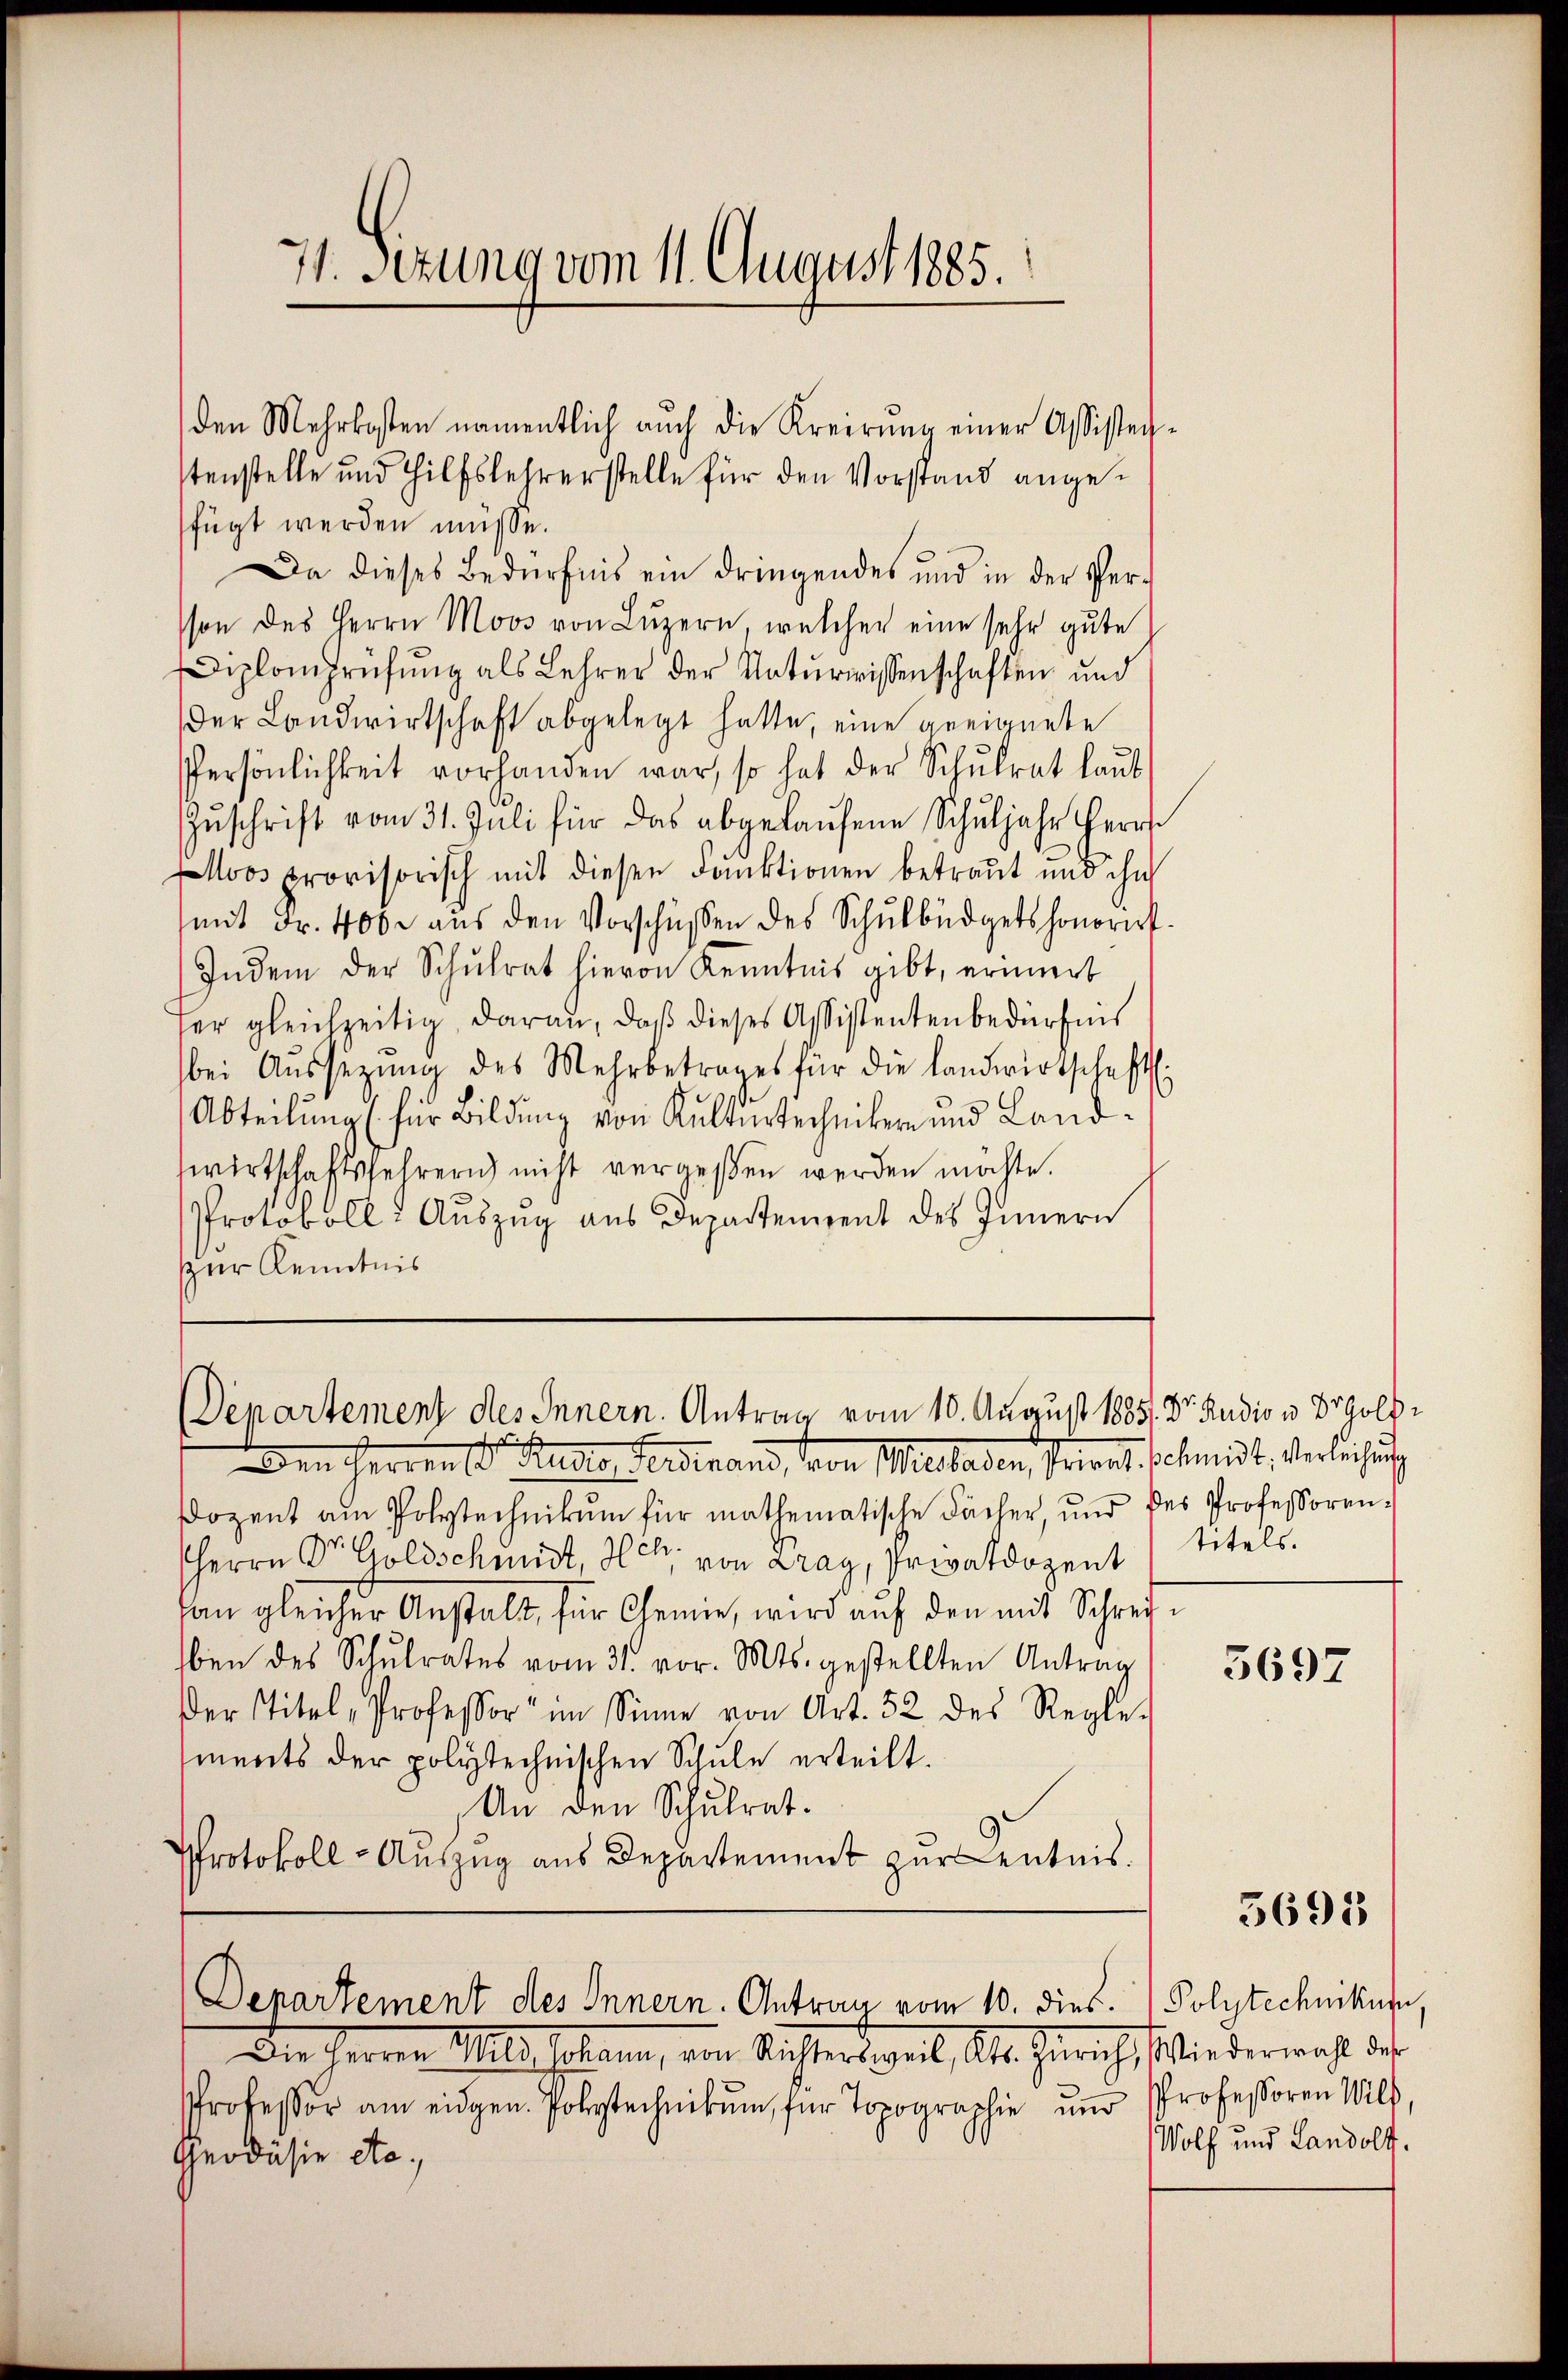
71. Sezung vom 11. August 1885.

den Mehrkosten namentlich auch die Kreisŭng einer Assisten-
stenstelle und Hilfslehrerstelle für den Vorstand angefügt werden müsse.
Da dieses Bedürfnis ein dringendes und in der Per-
son des Herrn Moos von Lŭzern, welcher eine sehr gute
Diplomprüfŭng als Lehrer der Naturwissenschaften und
der Landwirtschaft abgelegt hatte, eine geeignete
Persönlichkeit vorhanden war, so hat der Schŭlrat laut
Zŭschrift vom 31. Juli für das abgelaŭfene Schuljahr herrl
oos provisorisch mit diesen Funktionen betraut und ihn
mit Fr. 400. aŭs den Vorschüssen des Schŭlbüdgets honorirt.
Indem der Schŭlrat hievon Kenntnis gibt, erinnert
er gleichzeitig daran, daβ dieses Assistentenbedürfnis
bei Aŭssetzŭng des Mehrbetrages für die Landwirtschaftli
Abteilŭng (für Bildung von Kulturtechniker und Land-
wirtschaftslehrern nicht vergeßen werden möchte.
Protokoll: Auszug aus Departement des Innern
zur Kenntnis

Departement des Innern. Antrag vom 10. August 1885. Dr. Rudio u. Dr Goldc

en Herren St. Gallen Ferdinand, von Wiesladen, Privat, sehendt, Verleihung
Dozent am Polytechnikum für mathematische Fächer, und des Professoren-
HHerrn Dr. Goldschundt, Hch. von Dray, Privatdozent Titels
dan gleicher Anstalt, für Chemie, wird auf den mit Schrei
ben des Schŭlrates vom 31. vor. Mts. gestellten Antrag
der Titel, Professor im Sinne von Art. 52 des Regle-
ments der polytechnischen Schule erteilt.
An den Schulrat.
Protokoll-Auszug aus Departement zur Kentnis.

Departement des Innern. Antrau vom 10. dies. Polytechnikus

Die Herren Wild sollen, von Richter weil, Kt. Zürich, Wie dermacht des
Professor am eidgen. Polytechnikum für Topographie und Professoren Wild,
Geodäsie etc.

3697

5695

Wolf und Landolt.